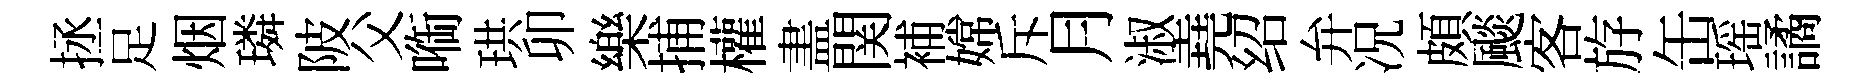
拯足烟璘陂父㗸珙卯樂捕權𥁞関補嫦斥月淑堯绍弁况頗颷客斿缶瑶譎